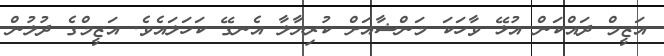
އަޒީމް ދައްކަން އުޅޭ ވާހަކަ މަންޝާއަށް ކުރިޔާލާ އެނގޭ ކަހަލައެވެ. އަޒީމްގެ ދުލުން